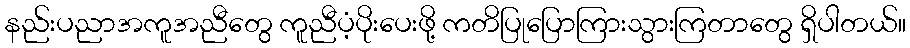
နည်းပညာအကူအညီတွေ ကူညီပံ့ပိုးပေးဖို့ ကတိပြုပြောကြားသွားကြတာတွေ ရှိပါတယ်။